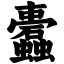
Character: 蠹